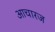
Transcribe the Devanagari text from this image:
आचारज